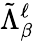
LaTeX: \tilde{\Lambda}_{\beta}^{\ell}